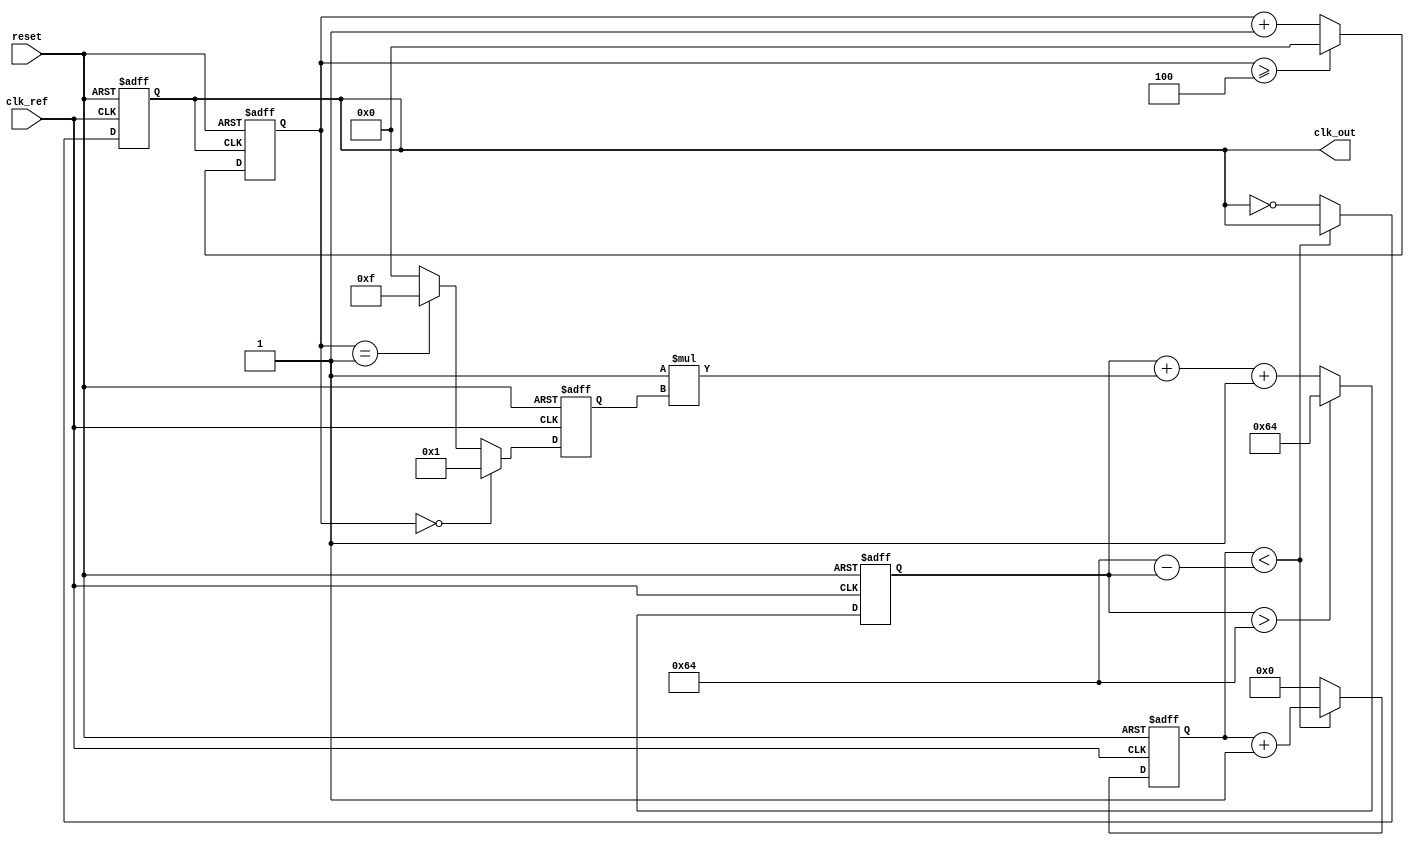
module pll (
    input wire clk_ref,            // Reference clock input
    input wire reset,              // Asynchronous reset
    output wire clk_out            // Output clock signal
);

    // Parameters for phase detector and loop filter
    parameter integer N = 4;       // Feedback divider (e.g., divide by 4)
    parameter integer Kp = 1;       // Proportional gain for loop filter
    parameter integer Ki = 1;       // Integral gain for loop filter
    parameter integer VCO_MAX = 100; // Maximum frequency of VCO

    // Internal signals
    reg [N-1:0] feedback_counter = 0; // Counter for feedback
    reg [N-1:0] phase_error = 0; // Output from phase detector
    reg [31:0] control_voltage = 0; // Control voltage for VCO
    reg clk_vco = 0; // VCO output clock signal
    reg [31:0] vco_count = 0; // VCO counter for generating clk_out

    // Phase Detector
    always @(posedge clk_ref or posedge reset) begin
        if (reset) begin
            phase_error <= 0;
        end else begin
            // Simple phase detector logic (can be more complex)
            if (feedback_counter == 0)
                phase_error <= 1; // Feedback clock is lagging
            else if (feedback_counter == 1)
                phase_error <= -1; // Feedback clock is leading
            else
                phase_error <= 0; // Aligned
        end
    end

    // Loop Filter
    always @(posedge clk_ref or posedge reset) begin
        if (reset) begin
            control_voltage <= 0;
        end else begin
            // Simple proportional-integral control
            control_voltage <= control_voltage + (Kp * phase_error) + Ki; // Simple integral update
            // Limit the control voltage within bounds
            if (control_voltage > VCO_MAX) 
                control_voltage <= VCO_MAX;
        end
    end

    // Voltage-Controlled Oscillator (VCO)
    always @(posedge clk_ref or posedge reset) begin
        if (reset) begin
            vco_count <= 0;
            clk_vco <= 0;
        end else begin
            // Adjust frequency based on control voltage
            if (vco_count < (VCO_MAX - control_voltage))
                vco_count <= vco_count + 1;
            else begin
                vco_count <= 0;
                clk_vco <= ~clk_vco; // Toggle clock output
            end
        end
    end

    // Feedback Mechanism
    always @(posedge clk_vco or posedge reset) begin
        if (reset) begin
            feedback_counter <= 0;
        end else begin
            feedback_counter <= feedback_counter + 1;
            if (feedback_counter >= N)
                feedback_counter <= 0; // Reset feedback counter
        end
    end

    // Assign output clock
    assign clk_out = clk_vco;

endmodule